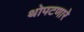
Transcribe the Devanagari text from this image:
थोपटणारे